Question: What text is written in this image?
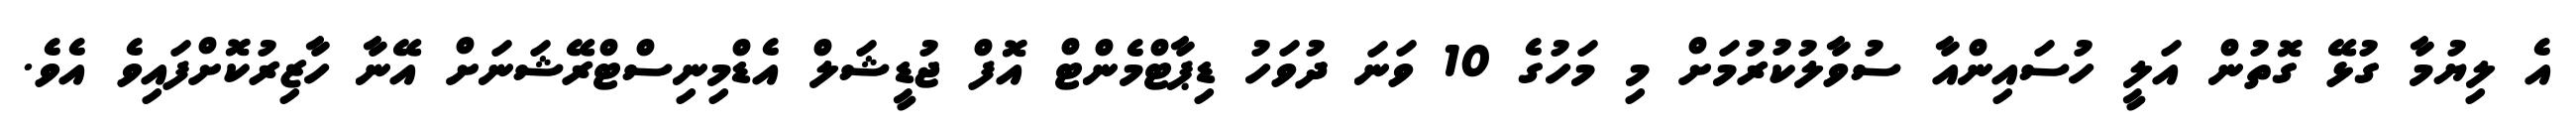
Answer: އެ ލިޔުމާ ގުޅޭ ގޮތުން އަލީ ހުސައިންއާ ސުވާލުކުރުމަށް މި މަހުގެ 10 ވަނަ ދުވަހު ޑިޕާޓްމެންޓް އޮފް ޖުޑީޝަލް އެޑްމިނިސްޓްރޭޝަނަށް އޭނާ ހާޒިރުކޮށްފައިވެ އެވެ.